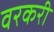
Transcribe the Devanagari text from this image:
वरकरी